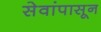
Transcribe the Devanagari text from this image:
सेवांपासून